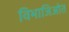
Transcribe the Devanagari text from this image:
विभाजिओत